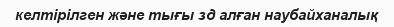
келтірілген және тығы зд алған наубайханалық